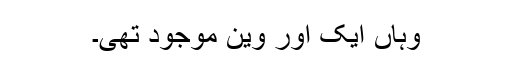
وہاں ایک اور وین موجود تھی۔